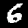
Label: 6